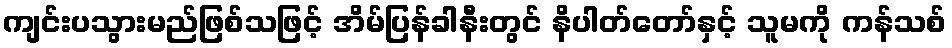
ကျင်းပသွားမည်ဖြစ်သဖြင့် အိမ်ပြန်ခါနီးတွင် နိပါတ်တော်နှင့် သူမကို ကန်သစ်